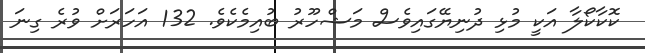
ކޮކާކޯލާ އަކީ މުޅި ދުނިޔޭގައިވެސް މަޝްހޫރު ބުއިމެކެވެ. 132 އަހަރަށް ވުރެ ގިނަ